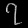
Digit: ၇